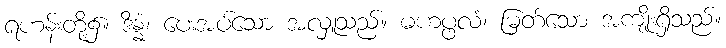
ရဟန်းတို့၌။ ဒိန္နံ၊ ပေးအပ်သော အလှူသည်။ မဟပ္ဖလံ၊ မြတ်သော အကျိုးရှိသည်။